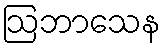
ဩဘာသေန